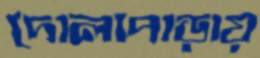
দোলাপাড়ায়